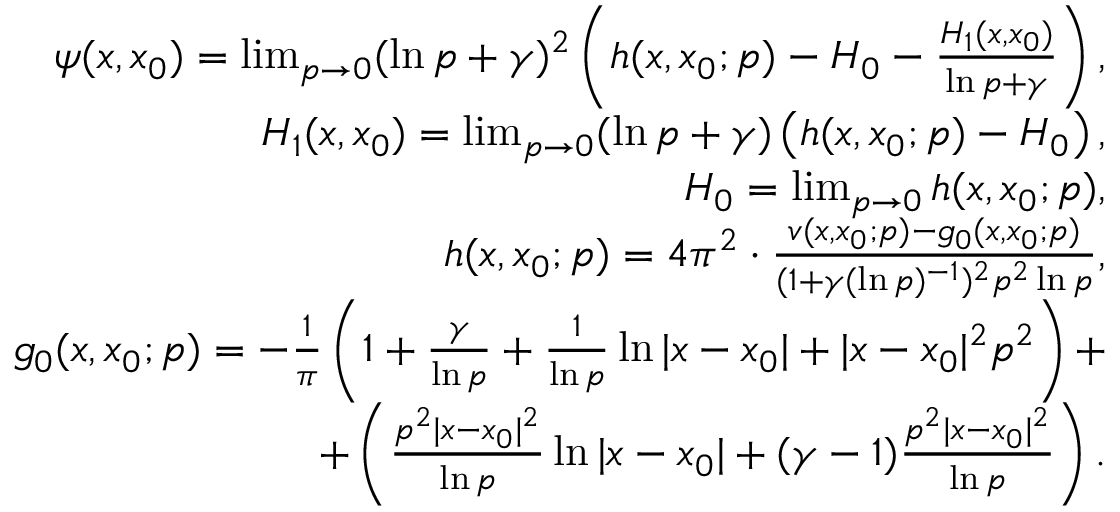
\begin{array} { r l r } & { } & { \psi ( x , x _ { 0 } ) = \operatorname* { l i m } _ { p \rightarrow 0 } ( \ln { p } + \gamma ) ^ { 2 } \left( h ( x , x _ { 0 } ; p ) - H _ { 0 } - \frac { H _ { 1 } ( x , x _ { 0 } ) } { \ln { p } + \gamma } \right) , } \\ & { } & { H _ { 1 } ( x , x _ { 0 } ) = \operatorname* { l i m } _ { p \rightarrow 0 } ( \ln { p } + \gamma ) \left( h ( x , x _ { 0 } ; p ) - H _ { 0 } \right) , } \\ & { } & { H _ { 0 } = \operatorname* { l i m } _ { p \rightarrow 0 } h ( x , x _ { 0 } ; p ) , } \\ & { } & { h ( x , x _ { 0 } ; p ) = 4 \pi ^ { 2 } \cdot \frac { v ( x , x _ { 0 } ; p ) - g _ { 0 } ( x , x _ { 0 } ; p ) } { ( 1 + \gamma ( \ln { p } ) ^ { - 1 } ) ^ { 2 } p ^ { 2 } \ln { p } } , } \\ & { } & { g _ { 0 } ( x , x _ { 0 } ; p ) = - \frac { 1 } { \pi } \left( 1 + \frac { \gamma } { \ln { p } } + \frac { 1 } { \ln { p } } \ln { | x - x _ { 0 } | } + | x - x _ { 0 } | ^ { 2 } p ^ { 2 } \right) + } \\ & { } & { + \left( \frac { p ^ { 2 } | x - x _ { 0 } | ^ { 2 } } { \ln { p } } \ln { | x - x _ { 0 } | } + ( \gamma - 1 ) \frac { p ^ { 2 } | x - x _ { 0 } | ^ { 2 } } { \ln { p } } \right) . } \end{array}